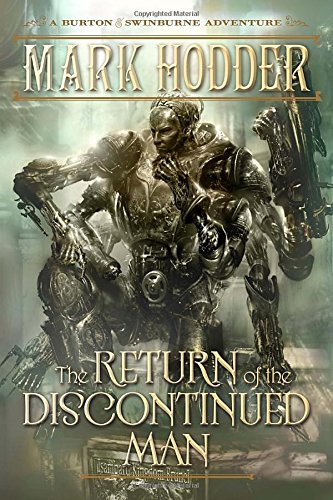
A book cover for The Return of the Discontinued Man: A Burton & Swinburne Adventure; Mark Hodder; Science Fiction & Fantasy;